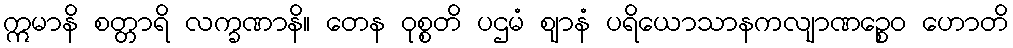
ဣမာနိ စတ္တာရိ လက္ခဏာနိ။ တေန ဝုစ္စတိ ပဌမံ ဈာနံ ပရိယောသာနကလျာဏဉ္စေဝ ဟောတိ